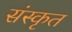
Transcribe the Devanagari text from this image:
संस्कृत